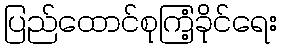
ပြည်ထောင်စုကြံ့ခိုင်ရေး